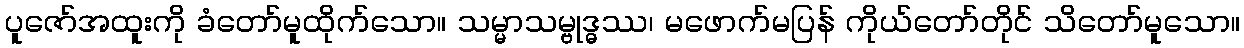
ပူဇော်အထူးကို ခံတော်မူထိုက်သော။ သမ္မာသမ္ဗုဒ္ဓဿ၊ မဖောက်မပြန် ကိုယ်တော်တိုင် သိတော်မူသော။